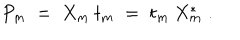
P _ { m } \; = \; X _ { m } \: t _ { m } \; = \; t _ { m } \: X _ { m } ^ { * } \; .